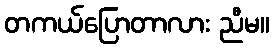
တကယ်ပြောတာလား ညီမ။